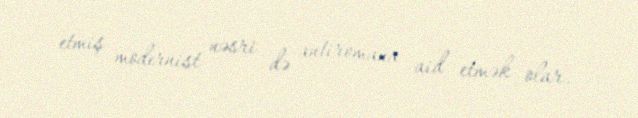
etmiş modernist nəsri də antiromana aid etmək olar.